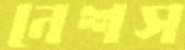
নেশস